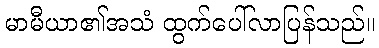
မာမီယာ၏အသံ ထွက်ပေါ်လာပြန်သည်။